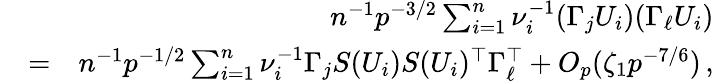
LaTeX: \begin{array}{rlr}&{}&{n^{-1}p^{-3/2}\sum_{i=1}^{n}\nu_{i}^{-1}(\Gamma_{j}U_{i})(\Gamma_{\ell}U_{i})}\\ &{=}&{n^{-1}p^{-1/2}\sum_{i=1}^{n}\nu_{i}^{-1}\Gamma_{j}S(U_{i})S(U_{i})^{\top}\Gamma_{\ell}^{\top}+O_{p}(\zeta_{1}p^{-7/6})\, ,}\end{array}